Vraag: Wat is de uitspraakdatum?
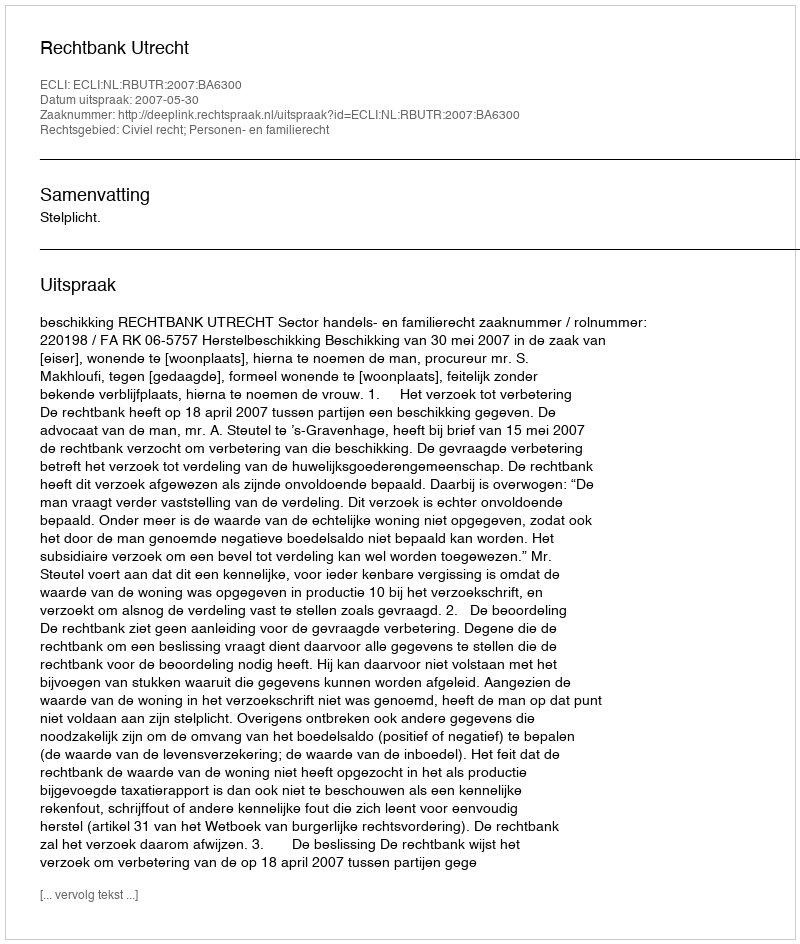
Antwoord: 2007-05-30